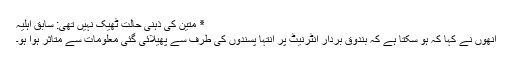
٭ متین کی ذہنی حالت ٹھیک نہیں تھی: سابق اہلیہ
انھوں نے کہا کہ ہو سکتا ہے کہ بندوق بردار انٹرنیٹ پر انتہا پسندوں کی طرف سے پھیلائی گئی معلومات سے متاثر ہوا ہو۔